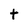
Character: t